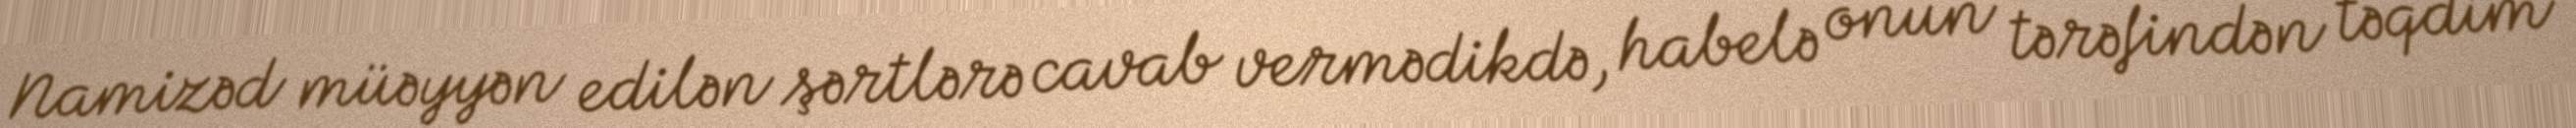
Namizəd müəyyən edilən şərtlərə cavab vermədikdə, habelə onun tərəfindən təqdim